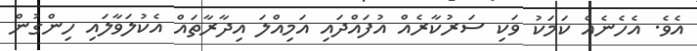
އެވެ. އެހެނެއް ކަމަކު ވަކި ސަރުކާރެއް އުފައްދައި އަމިއްލަ އިދާރާތައް އެކުލަވާލައި ހިންގުން